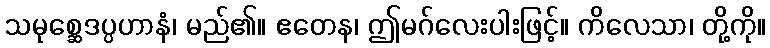
သမုစ္ဆေဒပ္ပဟာနံ၊ မည်၏။ ဧတေန၊ ဤမဂ်လေးပါးဖြင့်။ ကိလေသာ၊ တို့ကို။